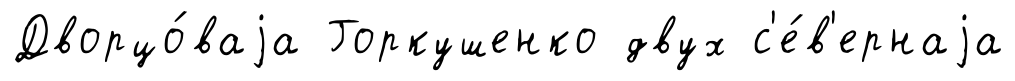
Дворцо́ваjа Горкушенко двух с'е́в'ернаjа